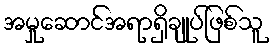
အမှုဆောင်အရာရှိချုပ်ဖြစ်သူ